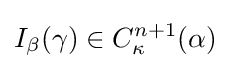
I_{\beta }(\gamma )\in C_{\kappa }^{n+1}(\alpha )